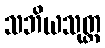
သဘိယသုတ္တ